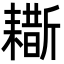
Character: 䎰